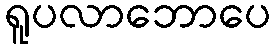
ရူပလာဘောပေ